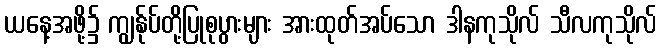
ယနေ့အဖို့၌ ကျွန်ုပ်တို့ပြုစုပွားများ အားထုတ်အပ်သော ဒါနကုသိုလ် သီလကုသိုလ်